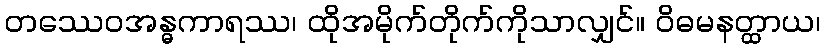
တဿေဝအန္ဓကာရဿ၊ ထိုအမိုက်တိုက်ကိုသာလျှင်။ ဝိဓမနတ္ထာယ၊